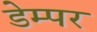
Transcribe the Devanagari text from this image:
डेम्पर